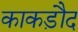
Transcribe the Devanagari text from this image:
काकड़ौद